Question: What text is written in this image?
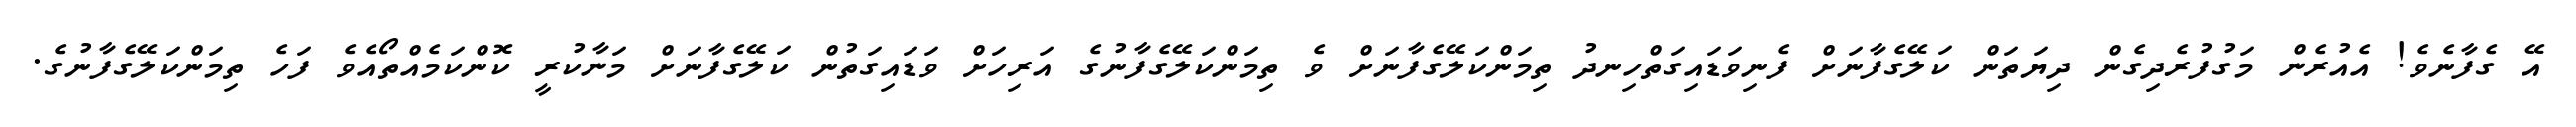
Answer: އޭ ގެފާނެވެ! އެއުރެން މަގުފުރެދިގެން ދިޔަތަން ކަލޭގެފާނަށް ފެނިވަޑައިގަތްހިނދު ތިމަންކަލޭގެފާނަށް ވެ ތިމަންކަލޭގެފާނުގެ އަރިހަށް ވަޑައިގަތުން ކަލޭގެފާނަށް މަނާކުރީ ކޮންކަމެއްތޯއެވެ ފަހެ ތިމަންކަލޭގެފާނުގެ.